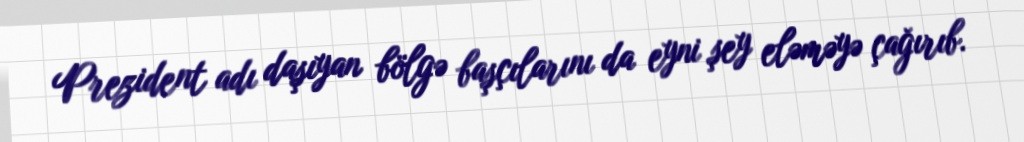
Prezident adı daşıyan bölgə başçılarını da eyni şey eləməyə çağırıb.